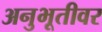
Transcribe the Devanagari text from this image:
अनुभूतीवर